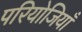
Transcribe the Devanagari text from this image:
परियोजियाँ